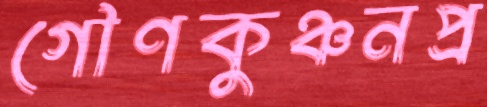
গৌণকুঞ্চনপ্র